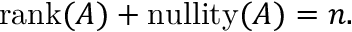
\operatorname { r a n k } ( A ) + \operatorname { n u l l i t y } ( A ) = n .